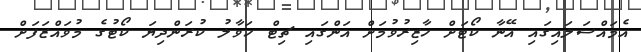
އެމައްސަލައިގައި އޭނާ ކޯޓަށް ހާޒިރުވުމަށް އަންގައި ޗިޓް ހަވާލު ކުރަންދިޔަ ކޯޓުގެ މުވައްޒަފަށް